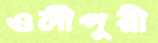
ওলীপুরী